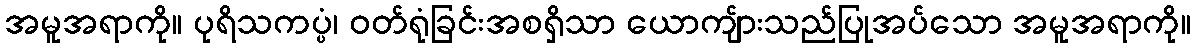
အမူအရာကို။ ပုရိသကပ္ပံ၊ ဝတ်ရုံခြင်းအစရှိသာ ယောကျ်ားသည်ပြုအပ်သော အမူအရာကို။